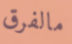
مالفرق